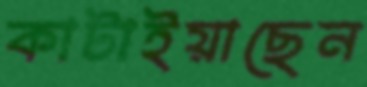
কাটাইয়াছেন